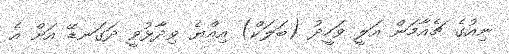
ނިއުގެ ޗެއާމަން އަލީ ވަހީދު (ބަލަކް) އިއްޔެ ވިދާޅުވީ ދަގަނޑޭ އަށް އެ